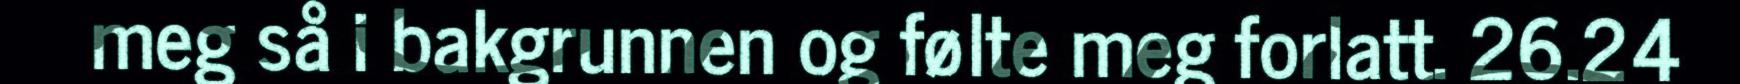
meg så i bakgrunnen og følte meg forlatt. 26.24